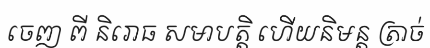
ចេញ ពី និរោធ សមាបត្តិ ហើយនិមន្ត ត្រាច់